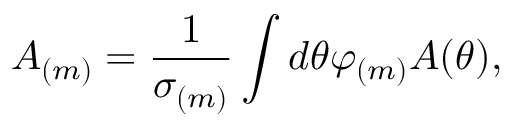
A _ { ( m ) } = \frac { 1 } { \sigma _ { ( m ) } } \int d \theta \varphi _ { ( m ) } A ( \theta ) ,